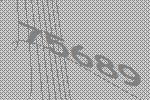
75689